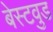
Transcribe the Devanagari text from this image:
बेस्टवुड